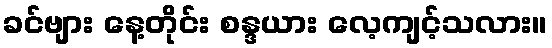
ခင်ဗျား နေ့တိုင်း စန္ဒယား လေ့ကျင့်သလား။